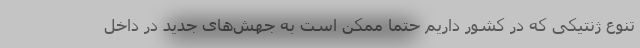
تنوع ژنتیکی که در کشور داریم حتما ممکن است به جهش‌های جدید در داخل